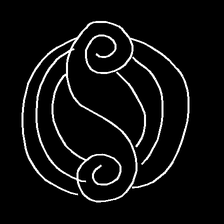
Glyph: wind-underfoot